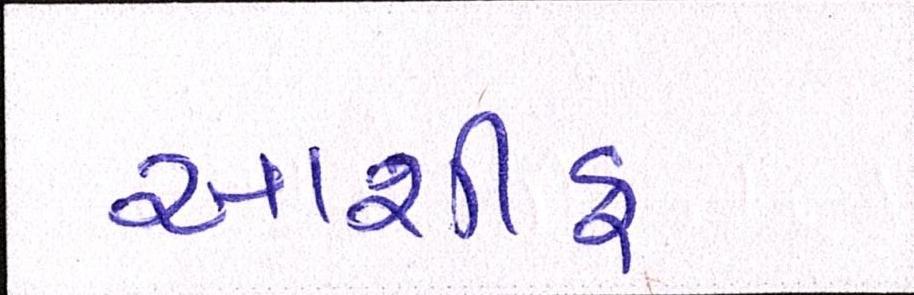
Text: આશીફ